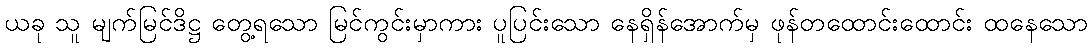
ယခု သူ မျက်မြင်ဒိဋ္ဌ တွေ့ရသော မြင်ကွင်းမှာကား ပူပြင်းသော နေရှိန်အောက်မှ ဖုန်တထောင်းထောင်း ထနေသော